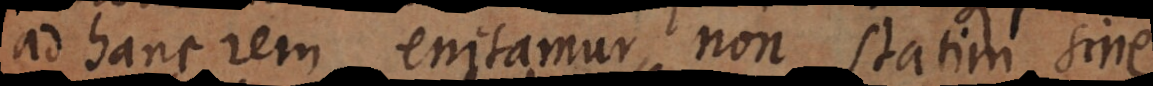
ad hanc rem enitamur, non statim sine